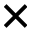
\times